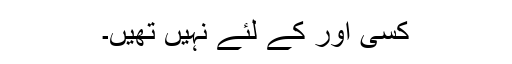
کسی اور کے لئے نہیں تھیں۔